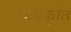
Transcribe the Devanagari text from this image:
समप्रकृति